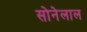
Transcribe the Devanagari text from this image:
सोनेलाल